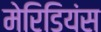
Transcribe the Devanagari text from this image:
मेरिडियंस